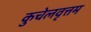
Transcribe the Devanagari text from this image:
कुचेलवृत्तम